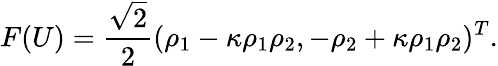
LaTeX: F(U)=\frac{\sqrt{2}}{2}(\rho_{1}-\kappa\rho_{1}\rho_{2},-\rho_{2}+\kappa\rho_{1}\rho_{2})^{T}.